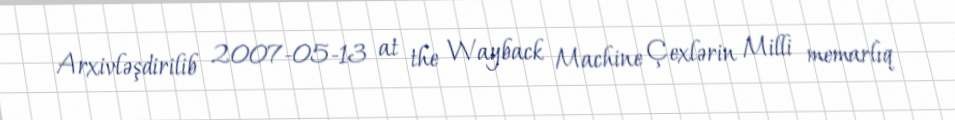
Arxivləşdirilib 2007-05-13 at the Wayback Machine Çexlərin Milli memarlıq